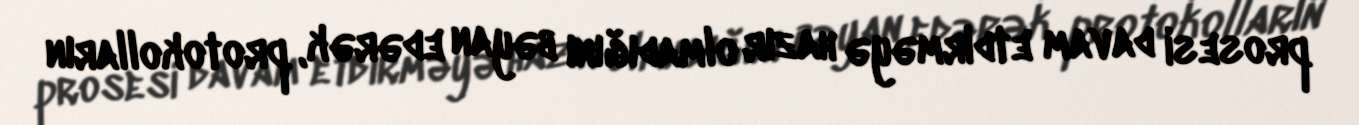
prosesi davam etdirməyə hazır olmadığını bəyan edərək, protokolların